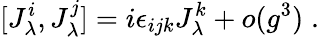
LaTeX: [J_{\lambda}^{i},J_{\lambda}^{j}]=i\epsilon_{ijk}J_{\lambda}^{k}+o(g^{3})\; .